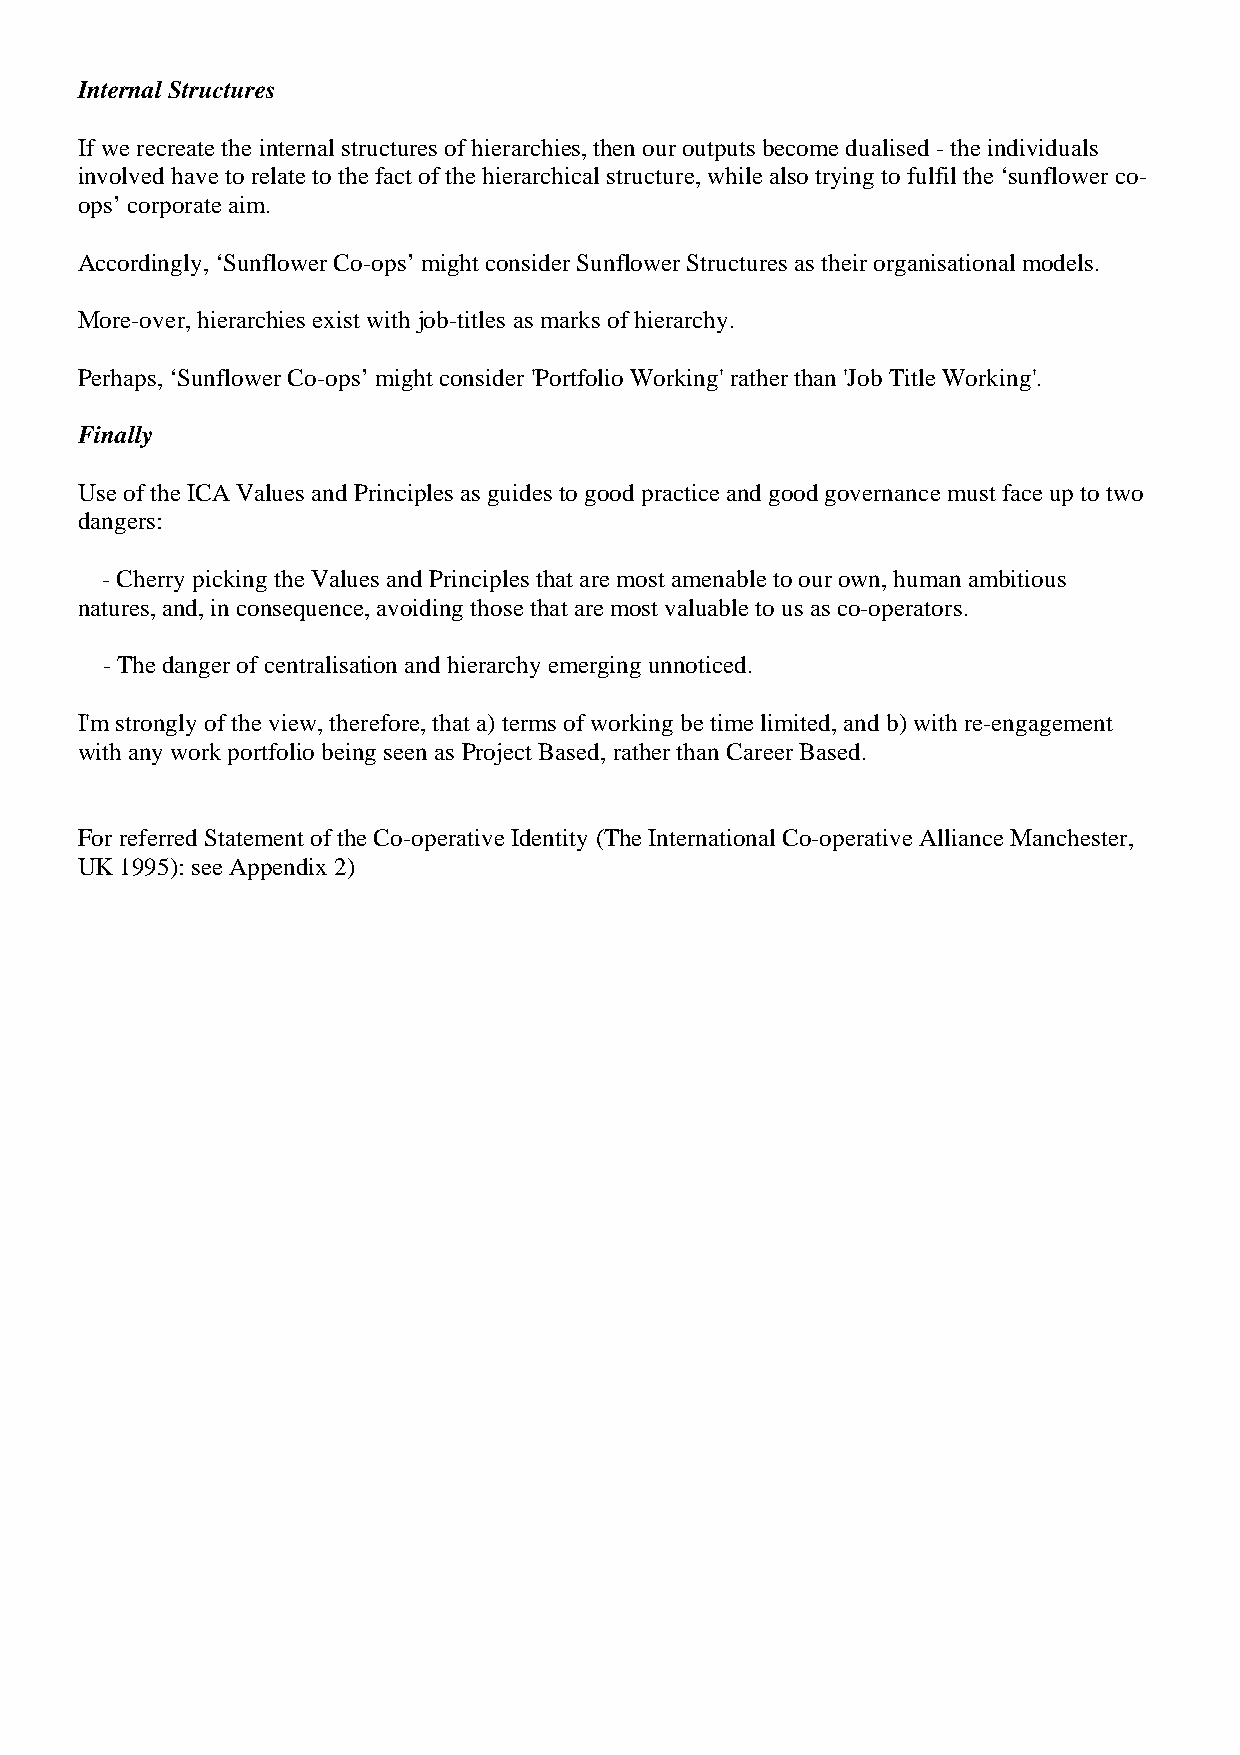
Internal Structures
 If we recreate the internal structures of hierarchies, then our outputs become dualised - the individuals
 involved have to relate to the fact of the hierarchical structure, while also trying to fulfil the ‘sunflower co-
 ops’ corporate aim.
 Accordingly, ‘Sunflower Co-ops’ might consider Sunflower Structures as their organisational models.
 More-over, hierarchies exist with job-titles as marks of hierarchy.
 Perhaps, ‘Sunflower Co-ops’ might consider 'Portfolio Working' rather than 'Job Title Working'.
 Finally
 Use of the ICA Values and Principles as guides to good practice and good governance must face up to two
 dangers:
 - Cherry picking the Values and Principles that are most amenable to our own, human ambitious
 natures, and, in consequence, avoiding those that are most valuable to us as co-operators.
 - The danger of centralisation and hierarchy emerging unnoticed.
 I'm strongly of the view, therefore, that a) terms of working be time limited, and b) with re-engagement
 with any work portfolio being seen as Project Based, rather than Career Based.
 For referred Statement of the Co-operative Identity (The International Co-operative Alliance Manchester,
 UK 1995): see Appendix 2)